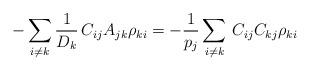
LaTeX: \begin{align*}-\sum_{i\ne k}\frac{1}{D_k}\,C_{ij}A_{jk}\rho_{ki}=-\frac{1}{p_j}\sum_{i\ne k}\,C_{ij}C_{kj}\rho_{ki}\end{align*}